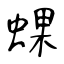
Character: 蜾